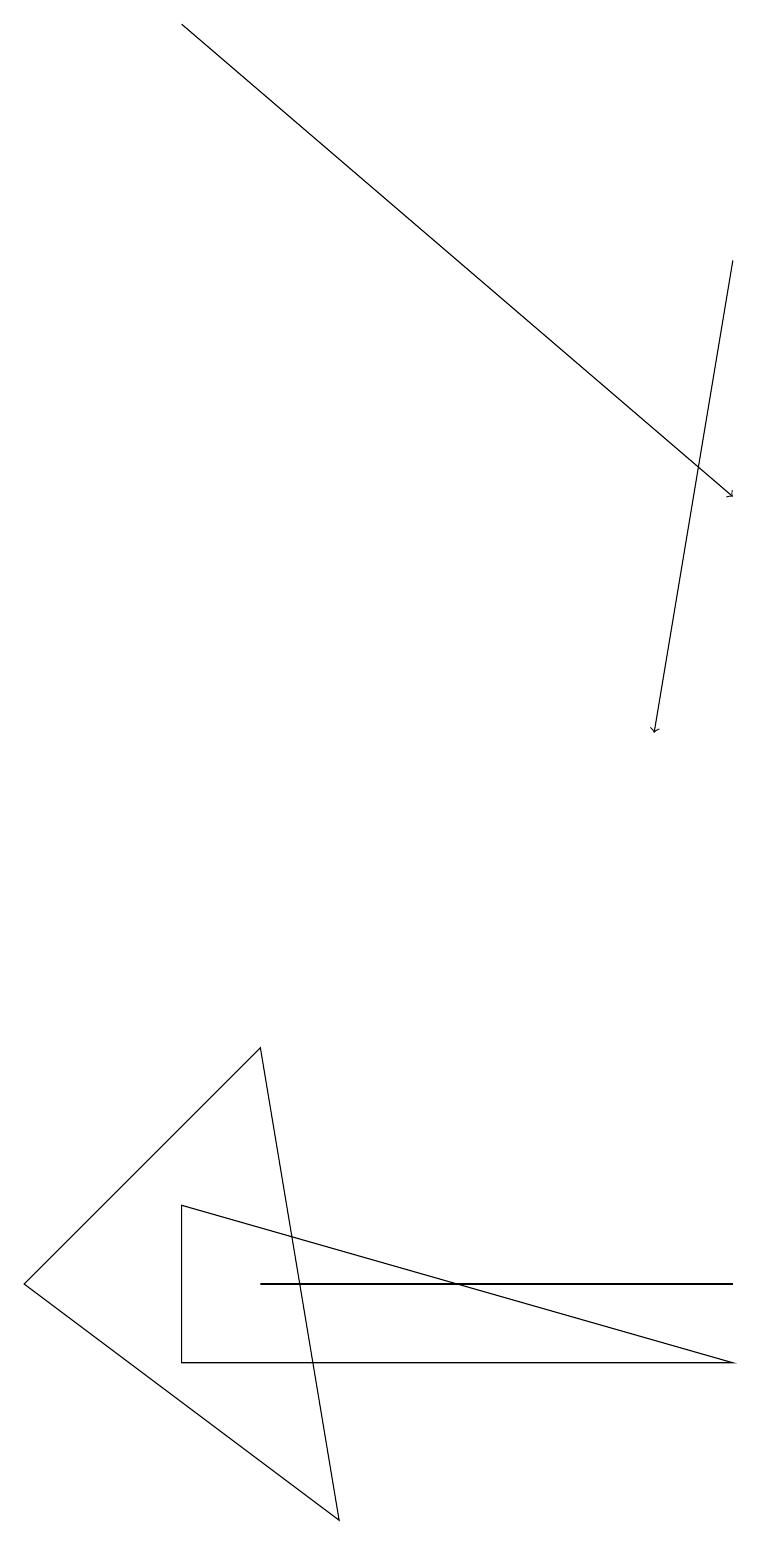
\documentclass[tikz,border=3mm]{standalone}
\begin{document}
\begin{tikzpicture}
\draw (9,2) -- (2,4) -- (2,2) -- cycle;
\draw[->] (2,19) -- (9,13);
\draw (9,3) -- (5,3) -- (3,3) -- cycle;
\draw[->] (9,16) -- (8,10);
\draw (3,6) -- (4,0) -- (0,3) -- cycle;
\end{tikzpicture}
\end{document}